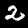
Label: 2